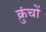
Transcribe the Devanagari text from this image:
क्रुंचों